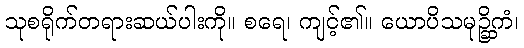
သုစရိုက်တရားဆယ်ပါးကို။ စရေ၊ ကျင့်၏။ ယောပိသမုဉ္ဆိကံ၊